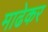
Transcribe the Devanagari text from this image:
माढेकर